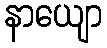
နာယျော